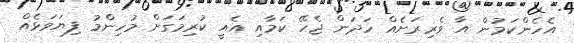
އެހެންކަމުން އާ ވެރިރަށެއް ހަދަން ޖެހޭ ކަމާއި އެއީ ކުރިމަގަށް މުހިންމު ފިޔަވަޅެއް